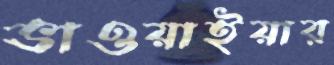
ভাওয়াইয়ার